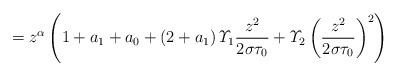
LaTeX: \begin{align*}=z^{\alpha}\left(1+a_{1}+a_{0}+\left(2+a_{1}\right)\varUpsilon_{1}\frac{z^{2}}{2\sigma\tau_{0}}+\varUpsilon_{2}\left(\frac{z^{2}}{2\sigma\tau_{0}}\right)^{2}\right)\end{align*}